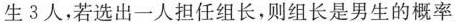
生3人，若选出一人担任组长，则组长是男生的概率